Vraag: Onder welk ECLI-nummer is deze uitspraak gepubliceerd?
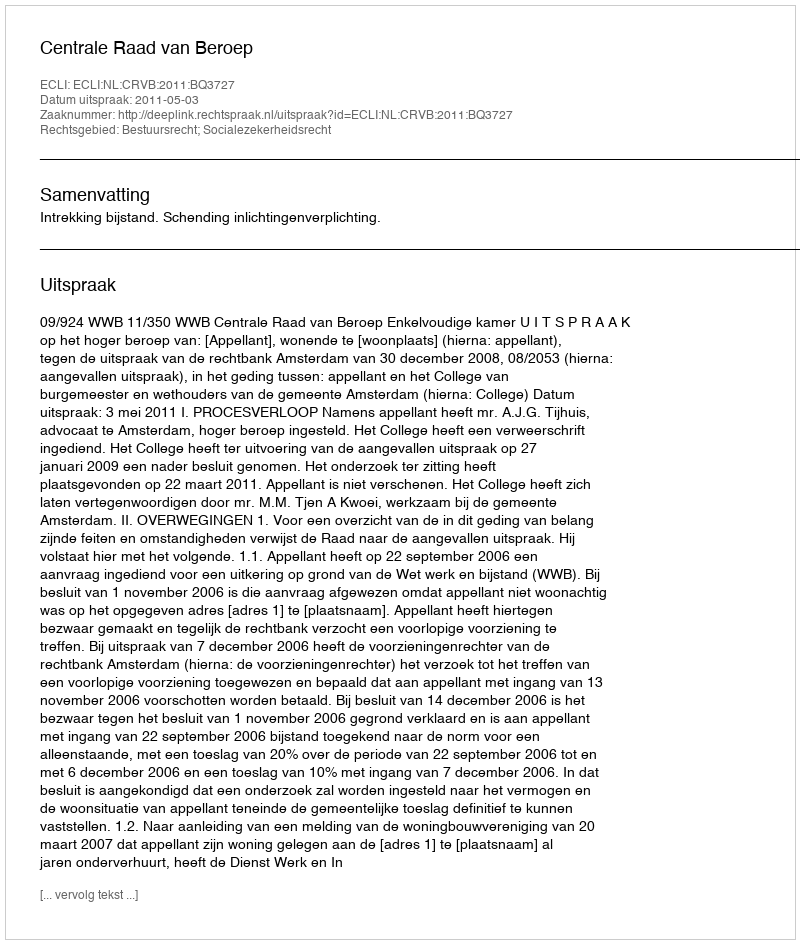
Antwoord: ECLI:NL:CRVB:2011:BQ3727